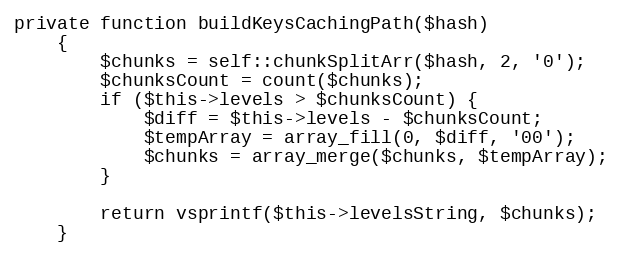
Language: PHP
private function buildKeysCachingPath($hash)
    {
        $chunks = self::chunkSplitArr($hash, 2, '0');
        $chunksCount = count($chunks);
        if ($this->levels > $chunksCount) {
            $diff = $this->levels - $chunksCount;
            $tempArray = array_fill(0, $diff, '00');
            $chunks = array_merge($chunks, $tempArray);
        }

        return vsprintf($this->levelsString, $chunks);
    }